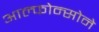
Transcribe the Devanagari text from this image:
आल्फोन्सोने